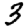
Digit: 3